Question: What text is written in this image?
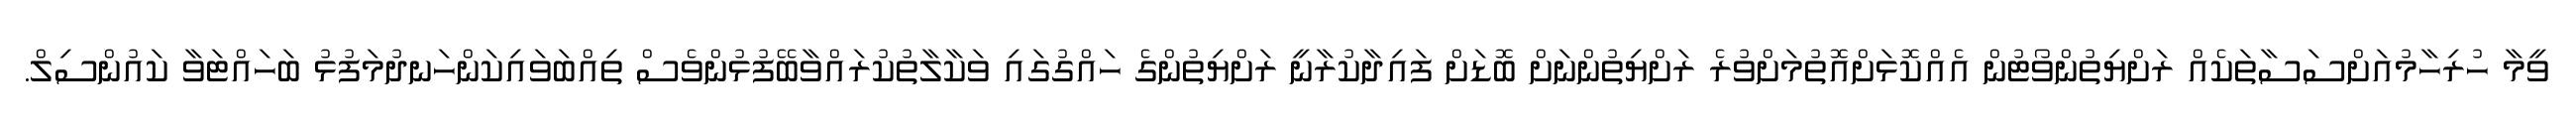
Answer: ވީމާ ހުރިހާމުއަށްސަސާތަކެއް ރަށްޔިތުންވޯޓުން އެއްކޮޅަށްއޮތުމަށްވުރެ ރަށްޔިތުންނަށް ބޮޑަށް ފައިދާކުރާނީ ރަށްޔިތުންގެ ހައްގުގައި ވަކާލާތުކުރައްވާބޭފުޅުންވެސް ތިއްބަވައިކަންހަނދުމަފުޅު ބަހައްޓަވާ ކައުންސިލް.